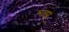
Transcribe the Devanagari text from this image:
माझ्ं